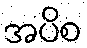
အပိစ